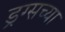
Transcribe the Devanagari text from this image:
ड्रग्सच्या